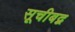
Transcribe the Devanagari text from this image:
सूचीबद्ब